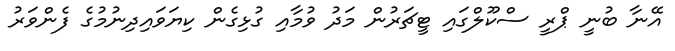
އޭނާ ބުނީ ޕްރީ ސްކޫލްގައި ޓީޗަރުން މަދު ވުމާއި ގުޅިގެން ކިޔަވައިދިނުމުގެ ފެންވަރު